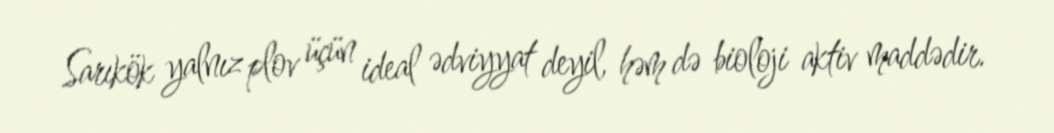
Sarıkök yalnız plov üçün ideal ədviyyat deyil, həm də bioloji aktiv maddədir.